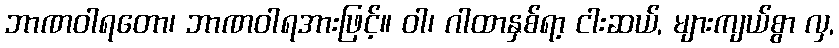
ဘာဏဝါရတော၊ ဘာဏဝါရအားဖြင့်။ ဝါ၊ ဂါထာနှစ်ရာ့ ငါးဆယ်, များကျယ်စွာ လှ,